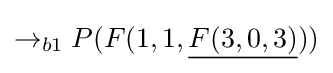
\rightarrow _{b1}P(F(1,1,{\underline {F(3,0,3)}}))